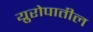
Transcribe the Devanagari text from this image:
य्रुरोपातील